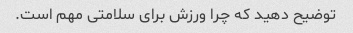
توضیح دهید که چرا ورزش برای سلامتی مهم است.